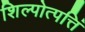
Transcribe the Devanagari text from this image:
शिल्पोत्पत्तिं